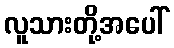
လူသားတို့အပေါ်